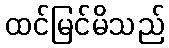
ထင်မြင်မိသည်